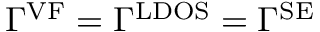
\Gamma ^ { \mathrm { V F } } = \Gamma ^ { \mathrm { L D O S } } = \Gamma ^ { \mathrm { S E } }